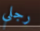
رجلي